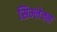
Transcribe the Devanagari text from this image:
सिम्लेक्स